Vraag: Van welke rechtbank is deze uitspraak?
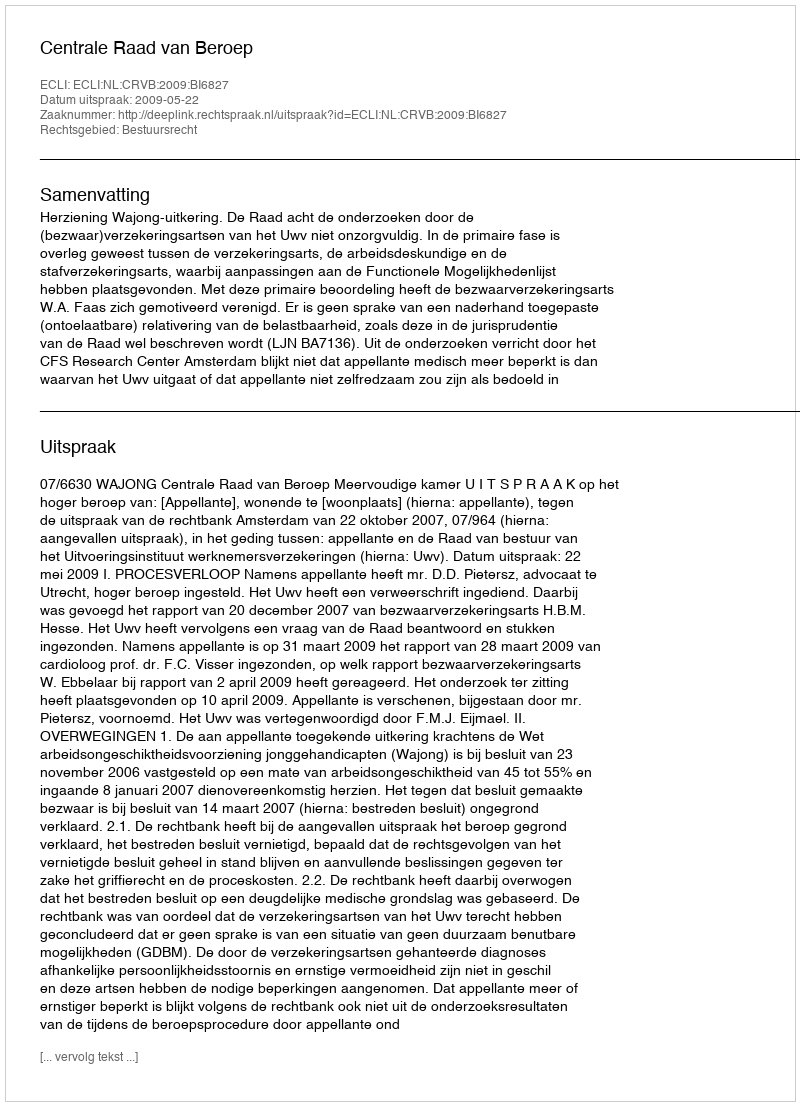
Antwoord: Centrale Raad van Beroep